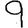
Digit: 9